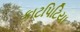
કાટપિટિયા